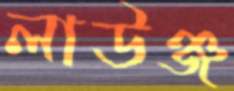
লাউঞ্জ